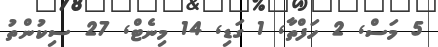
5 މަސް